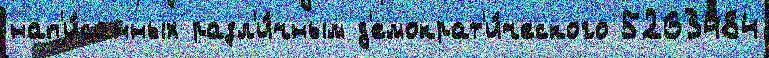
нап'и́санных разл'и́чным д'емократ'и́ческого 5263484